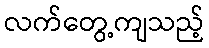
လက်တွေ့ကျသည့်